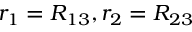
r _ { 1 } = R _ { 1 3 } , r _ { 2 } = R _ { 2 3 }